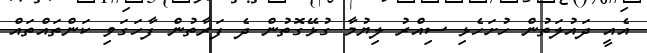
އެއީ ދައުލަތުން ހުށަހެޅި ސިއްރު ލިޔުމާ ގުޅޭގޮތުން ދެ ފަރާތުން ފާހަގަވި ކަންތައްތައް